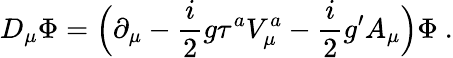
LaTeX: D_{\mu}\Phi=\Bigl(\partial_{\mu}-\frac{i}{2}g\tau^{a}V_{\mu}^{a}-\frac{i}{2}g^{\prime}A_{\mu}\Bigr)\Phi\ .